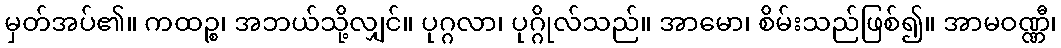
မှတ်အပ်၏။ ကထဉ္စ၊ အဘယ်သို့လျှင်။ ပုဂ္ဂလာ၊ ပုဂ္ဂိုလ်သည်။ အာမော၊ စိမ်းသည်ဖြစ်၍။ အာမဝဏ္ဏီ၊